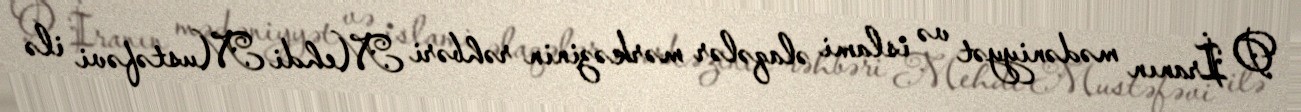
O İranın mədəniyyət və islami əlaqələr mərkəzinin rəhbəri Mehdi Mustəfəvi ilə